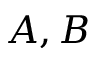
A , B